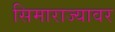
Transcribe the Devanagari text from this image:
सिमाराज्यावर